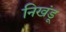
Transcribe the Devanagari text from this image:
निखंडू